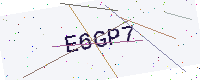
Text: E6GP7